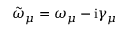
\Tilde { \omega } _ { \mu } = \omega _ { \mu } - \mathrm { i } \gamma _ { \mu }